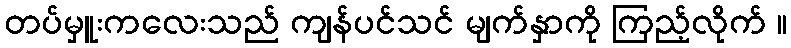
တပ်မှူးကလေးသည် ကျန်ပင်သင် မျက်နှာကို ကြည့်လိုက် ။